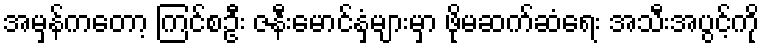
အမှန်ကတော့ ကြင်စဦး ဇနီးမောင်နှံများမှာ ဖိုမဆက်ဆံရေး အသီးအပွင့်ကို